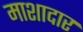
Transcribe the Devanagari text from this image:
माशादार